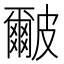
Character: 𭽹